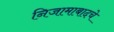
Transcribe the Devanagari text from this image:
निजामाबादचे